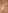
لا